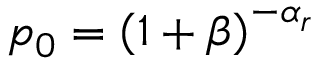
p _ { 0 } = \left( 1 + \beta \right) ^ { - \alpha _ { r } }